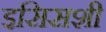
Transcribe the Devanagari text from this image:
इसिसशी